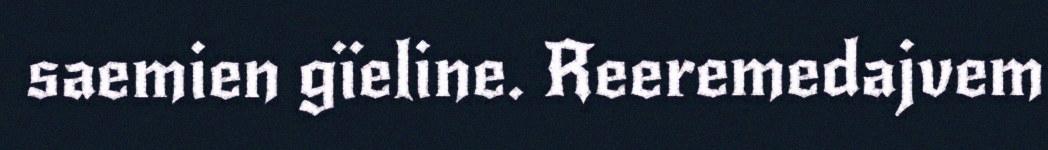
saemien gïeline. Reeremedajvem